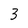
Character: 3